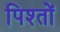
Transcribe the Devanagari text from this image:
पिश्तों